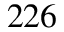
^ { 2 2 6 }